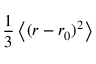
\frac { 1 } { 3 } \left\langle { ( r - r _ { 0 } ) ^ { 2 } } \right\rangle